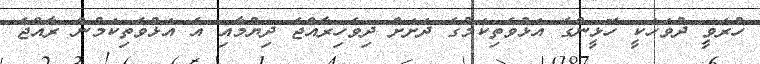
ހުރަވީ ދުވަހަކީ ހޮޅީންގެ އަޅުވެތިކަމުގެ ދަށަށް ދިވެހިރާއްޖެ ދިޔުމާއި އެ އަޅުވެތިކަމުން ރާއްޖެ